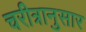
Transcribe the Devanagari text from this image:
चरीत्रानुसार